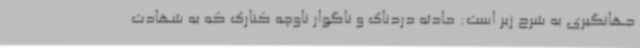
جهانگیری به شرح زیر است: حادثه دردناک و ناگوار ناوچه کنارک که به شهادت